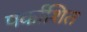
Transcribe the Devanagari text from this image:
पर्काशित